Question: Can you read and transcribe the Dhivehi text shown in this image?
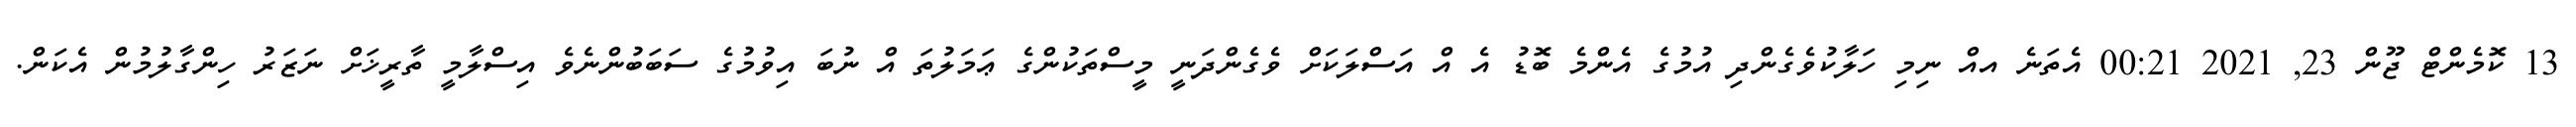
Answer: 13 ކޮމެންޓް ޖޫން 23, 2021 00:21 އެތަނެ އއް ނިމި ހަލާކުވެގެންދި އުމުގެ އެންމެ ބޮޑު އެ އް އަސްލަކަށް ވެގެންދަނީ މީސްތަކުންގެ ޢަމަލުތަ އް ނުބަ އިވުމުގެ ސަބަބުންނެވެ އިސްލާމީ ތާރީޚަށް ނަޒަރު ހިންގާލުމުން އެކަން.